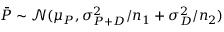
\bar { P } \sim \mathcal N ( \mu _ { P } , \sigma _ { P + D } ^ { 2 } / n _ { 1 } + \sigma _ { D } ^ { 2 } / n _ { 2 } )